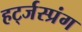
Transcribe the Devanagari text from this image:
हर्ट्जस्प्रंग